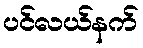
ပင်လယ်နက်